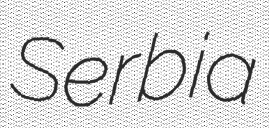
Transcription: Serbia